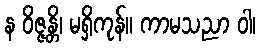
န ဝိဇ္ဇန္တိ၊ မရှိကုန်။ ကာမသညာ ဝါ၊